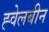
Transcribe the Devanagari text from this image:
ह्वेलबीन